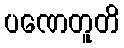
ပဏေတူတိ